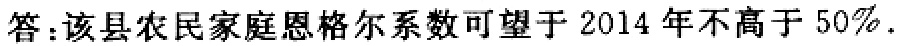
答：该县农民家庭恩格尔系数可望于 2014 年不高于 50%.